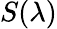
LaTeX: S(\lambda)